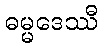
ဓမ္မဒေဿီ